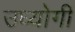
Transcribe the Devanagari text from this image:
उध्योगी